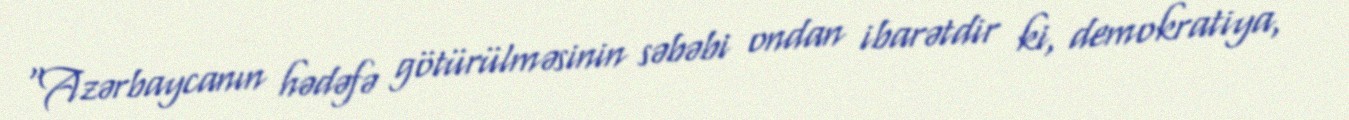
“Azərbaycanın hədəfə götürülməsinin səbəbi ondan ibarətdir ki, demokratiya,